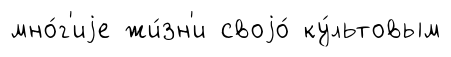
мно́г'иjе жи́зн'и своjо́ ку́льтовым